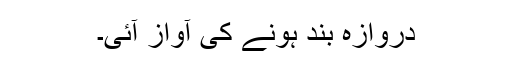
دروازہ بند ہونے کی آواز آئی۔